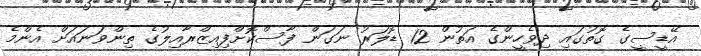
އޭޑީސީގެ ގޮތުގައި ދިވެހީންގެ އަތުން 12 ޑޮލަރު ނަގަން ފާސްކޮށްފިއިޒްރާއިލުގެ ތިންވަނައަށް އެންމެ